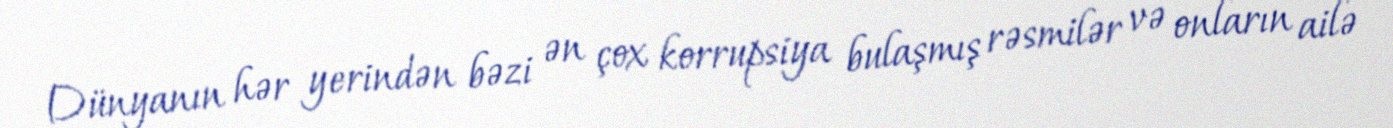
Dünyanın hər yerindən bəzi ən çox korrupsiya bulaşmış rəsmilər və onların ailə